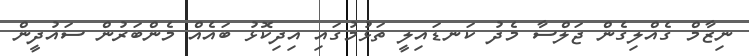
ނިޒާމް ގެއްލިގެން ޖަލްސާ މެދު ކަނޑައިލީ ތަޅުމުގައި އިދިކޮޅު ބައެއް މެންބަރުން ސައުދީން